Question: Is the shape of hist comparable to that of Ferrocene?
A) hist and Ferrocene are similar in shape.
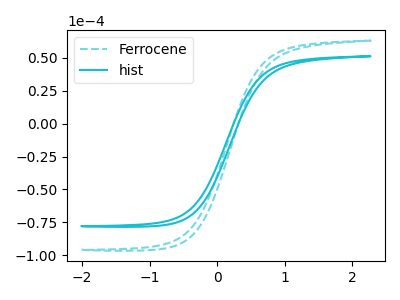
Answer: <think>The cyan dashed curve "Ferrocene" has no peaks. The cyan curve "hist" has no peaks.
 Neither "hist" or "Ferrocene" have any peaks.</think>
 <answer>A) "hist" and "Ferrocene" are similar in shape.</answer>
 <eval>A</eval>